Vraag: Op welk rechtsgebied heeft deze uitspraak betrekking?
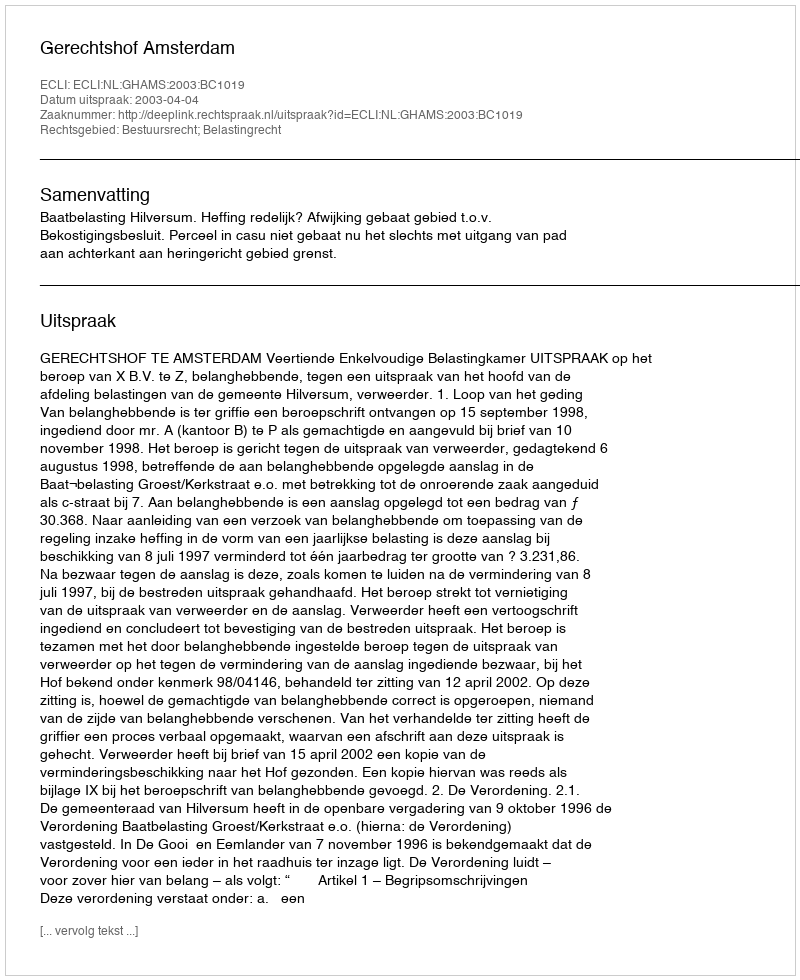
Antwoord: Bestuursrecht; Belastingrecht